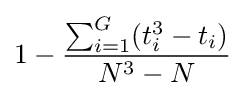
1-{\frac {\sum _{i=1}^{G}(t_{i}^{3}-t_{i})}{N^{3}-N}}